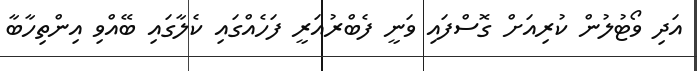
އަދި ވޯޓުލުން ކުރިއަށް ގޮސްފައި ވަނީ ފެބްރުއަރީ ފަހެއްގައި ކެލާގައި ބޭއްވި އިންތިހާބާ